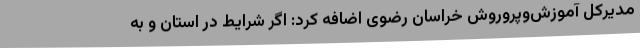
مدیرکل آموزش‌وپروروش خراسان رضوی اضافه کرد: اگر شرایط در استان و به